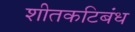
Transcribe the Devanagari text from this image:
शीतकटिबंध